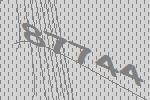
87744